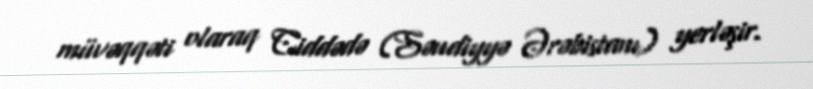
müvəqqəti olaraq Ciddədə (Səudiyyə Ərəbistanı) yerləşir.